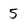
Character: 5